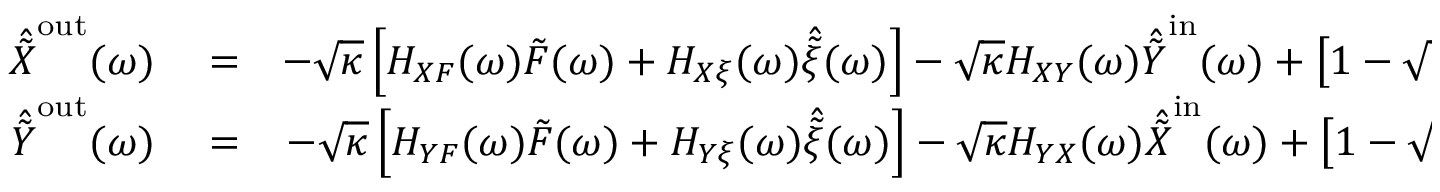
\begin{array} { r l r } { \hat { \tilde { X } } ^ { \mathrm { o u t } } ( \omega ) } & { { } = } & { - \sqrt { \kappa } \left[ H _ { X F } ( \omega ) \tilde { F } ( \omega ) + H _ { X \xi } ( \omega ) \hat { \tilde { \xi } } ( \omega ) \right] - \sqrt { \kappa } H _ { X Y } ( \omega ) \hat { \tilde { Y } } ^ { \mathrm { i n } } ( \omega ) + \left[ 1 - \sqrt { \kappa } H _ { X X } ( \omega ) \right] \hat { \tilde { X } } ^ { \mathrm { i n } } ( \omega ) , } \\ { \hat { \tilde { Y } } ^ { \mathrm { o u t } } ( \omega ) } & { { } = } & { - \sqrt { \kappa } \left[ H _ { Y F } ( \omega ) \tilde { F } ( \omega ) + H _ { Y \xi } ( \omega ) \hat { \tilde { \xi } } ( \omega ) \right] - \sqrt { \kappa } H _ { Y X } ( \omega ) \hat { \tilde { X } } ^ { \mathrm { i n } } ( \omega ) + \left[ 1 - \sqrt { \kappa } H _ { Y Y } ( \omega ) \right] \hat { \tilde { Y } } ^ { \mathrm { i n } } ( \omega ) . } \end{array}